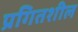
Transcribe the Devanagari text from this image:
प्रगितशील